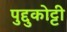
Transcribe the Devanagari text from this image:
पुद्दुकोट्टी